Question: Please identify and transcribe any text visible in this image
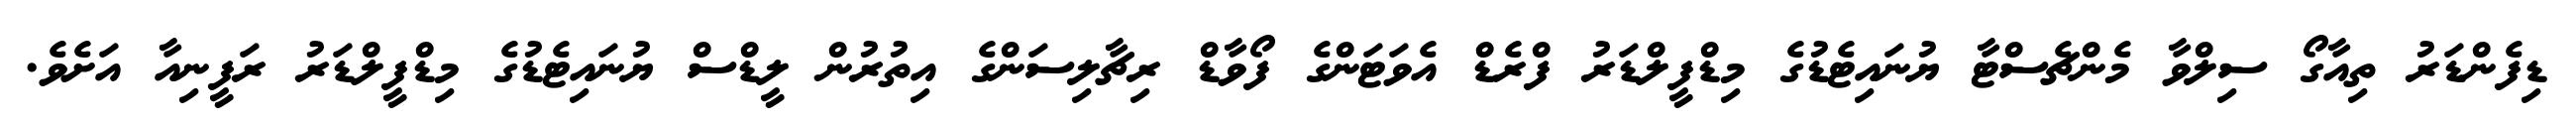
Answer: ޑިފެންޑަރު ތިއާގޯ ސިލްވާ މެންޗެސްޓާ ޔުނައިޓެޑުގެ މިޑްފީލްޑަރު ފްރެޑް އެވަޓަންގެ ފޯވާޑް ރިޗާލިސަންގެ އިތުރުން ލީޑްސް ޔުނައިޓެޑުގެ މިޑްފީލްޑަރު ރަފީނިއާ އަށެވެ.